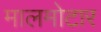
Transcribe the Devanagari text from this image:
मालमोटार